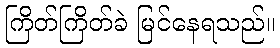
ကြိတ်ကြိတ်ခဲ မြင်နေရသည်။